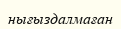
нығыздалмаған